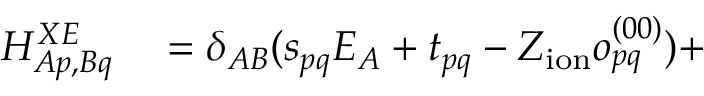
\begin{array} { r l } { H _ { A p , B q } ^ { X E } } & { { } = \delta _ { A B } ( s _ { p q } E _ { A } + t _ { p q } - Z _ { \mathrm { i o n } } o _ { p q } ^ { ( 0 0 ) } ) + } \end{array}